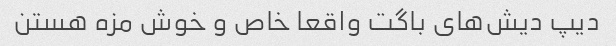
دیپ دیش‌های باگت واقعا خاص و خوش مزه هستن